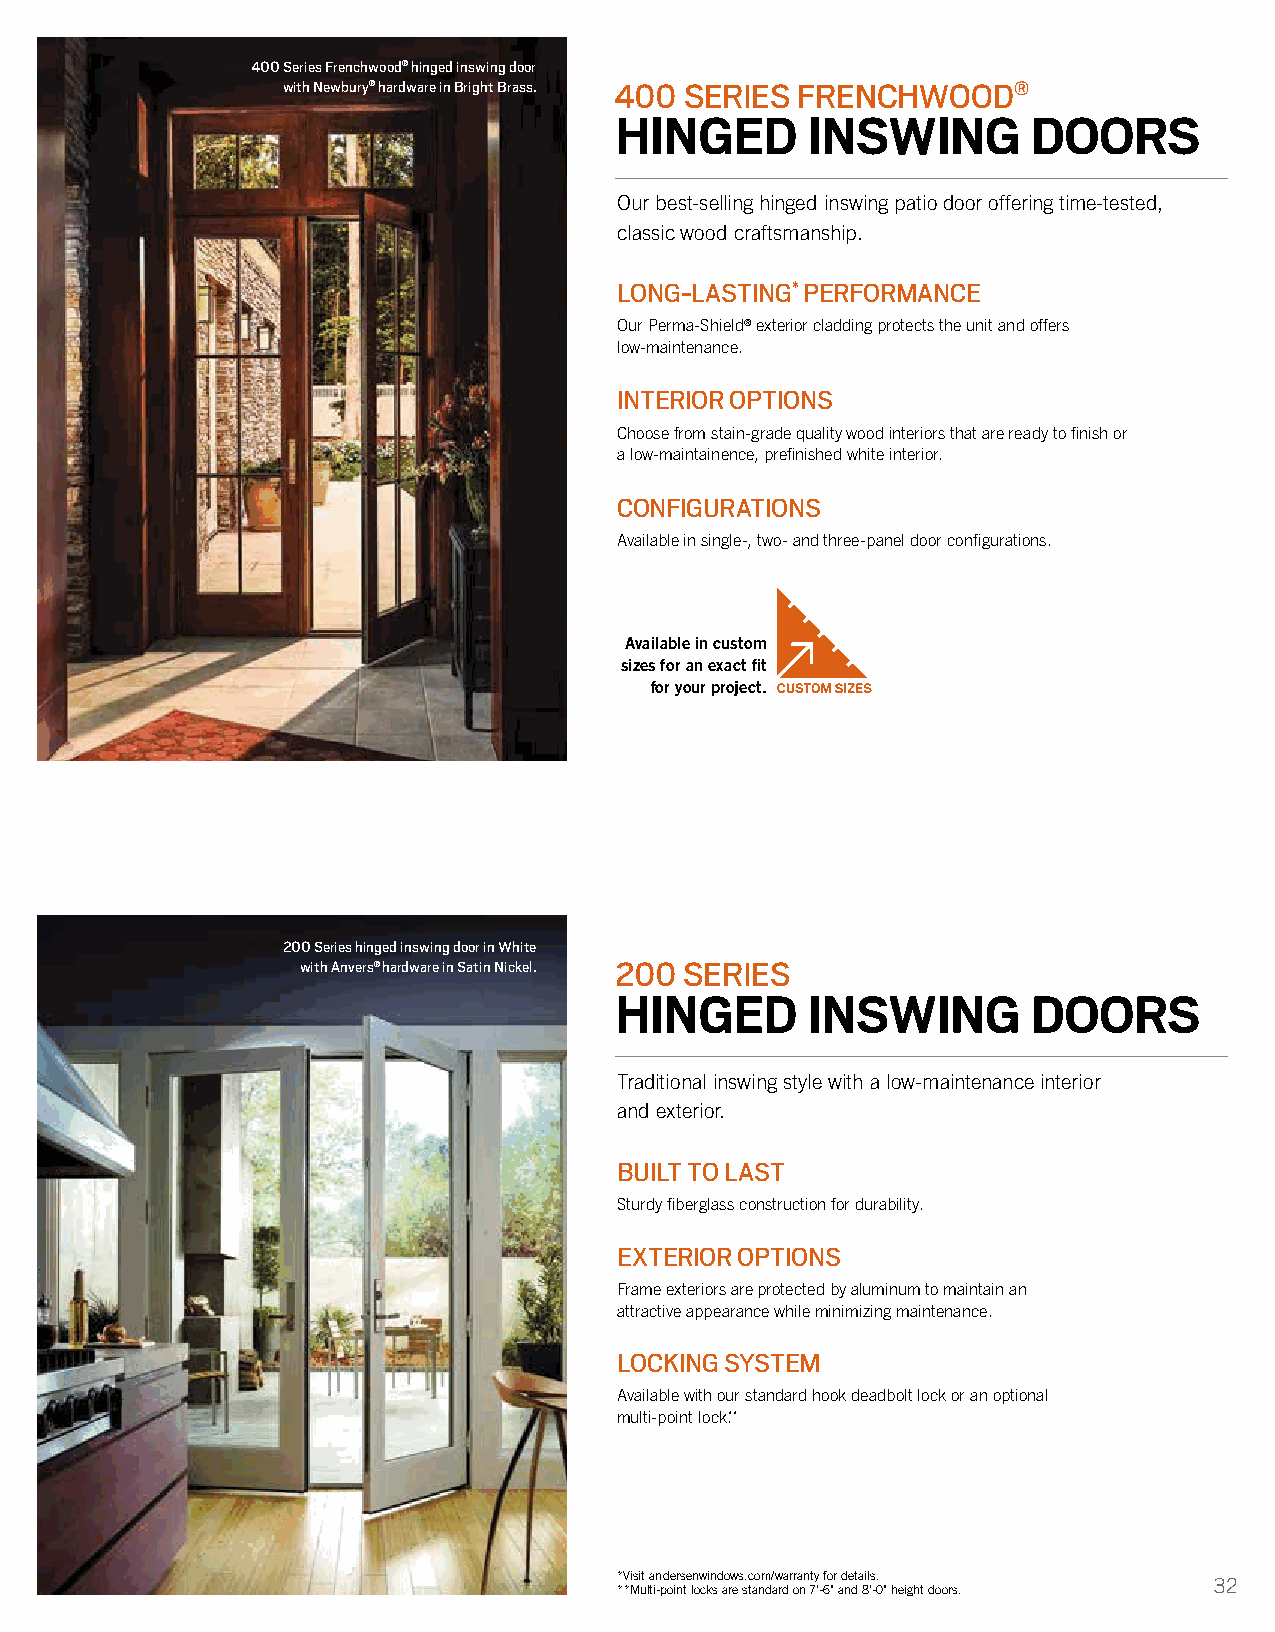
400 Series Frenchwood® hinged inswing door
 with Newbury® hardware in Bright Brass. 400 SERIES FRENCHWOOD®
 HINGED      INSWING        DOORS
 Our best-selling hinged inswing patio door offering time-tested,
 classic wood craftsmanship.
 LONG-LASTING* PERFORMANCE
 Our Perma-Shield® exterior cladding protects the unit and offers
 low-maintenance.
 INTERIOR OPTIONS
 Choose from stain-grade quality wood interiors that are ready to finish or
 a low-maintainence, prefinished white interior.
 CONFIGURATIONS
 Available in single-, two- and three-panel door configurations.
 Available in custom
 sizes for an exact fit
 for your project.
 200 Series hinged inswing door in White
 with Anvers® hardware in Satin Nickel. 200 SERIES
 HINGED      INSWING        DOORS
 Traditional inswing style with a low-maintenance interior
 and exterior.
 BUILT TO LAST
 Sturdy fiberglass construction for durability.
 EXTERIOR OPTIONS
 Frame exteriors are protected by aluminum to maintain an
 attractive appearance while minimizing maintenance.
 LOCKING SYSTEM
 Available with our standard hook deadbolt lock or an optional
 multi-point lock.**
 *Visit andersenwindows.com/warranty for details.
 32
 **Multi-point locks are standard on 7'-6" and 8'-0" height doors.